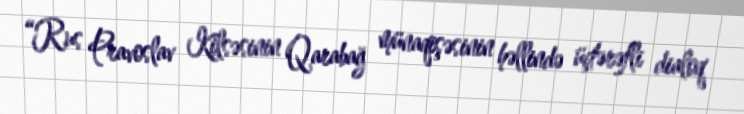
“Rus Pravoslav Kilsəsinin Qarabağ münaqişəsinin həllində üçtərəfli dialoq